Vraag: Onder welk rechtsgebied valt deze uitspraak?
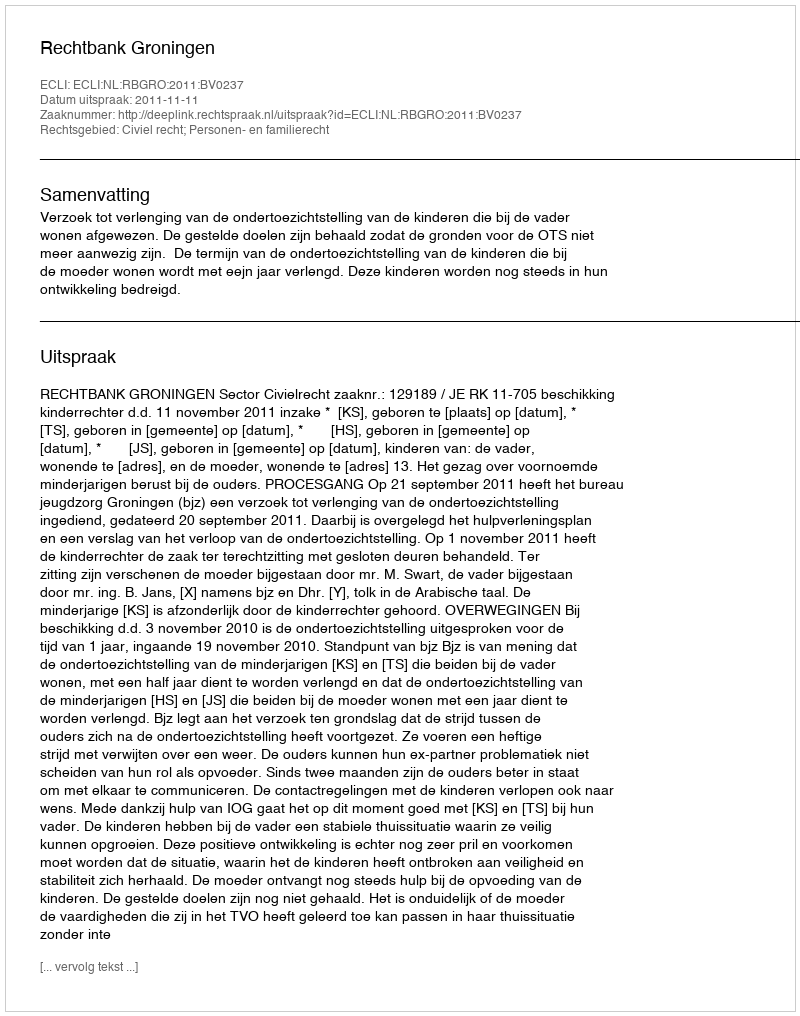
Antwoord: Civiel recht; Personen- en familierecht